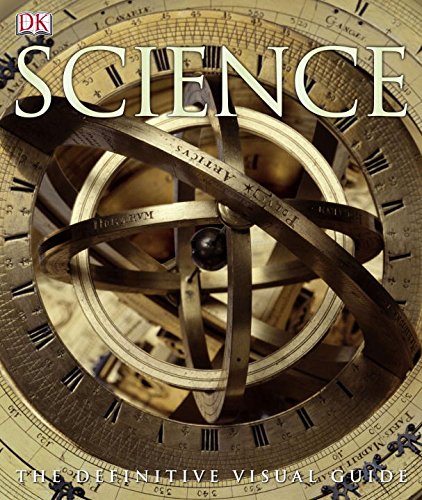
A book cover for Science: The Definitive Visual Guide; Robert Dinwiddie; Science & Math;